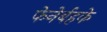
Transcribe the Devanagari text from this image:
फेनेर्बहके